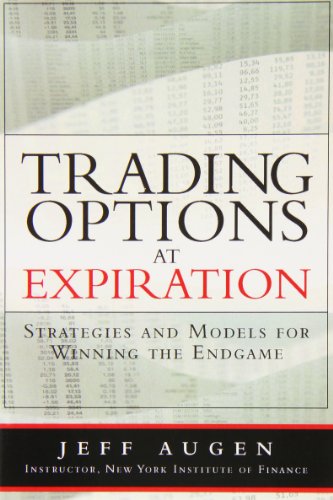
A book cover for Trading Options at Expiration: Strategies and Models for Winning the Endgame (paperback); Jeff Augen; Business & Money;